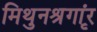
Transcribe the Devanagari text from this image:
मिथुनश्रृगांर